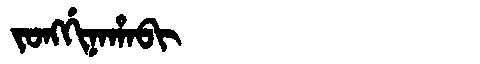
Manchu: ᠵᠣᠩᡤᡳᠨᠠᡥᠠᠪᡳ
Romanization: JONGGINAHABI